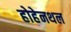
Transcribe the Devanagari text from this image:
होहेनथल